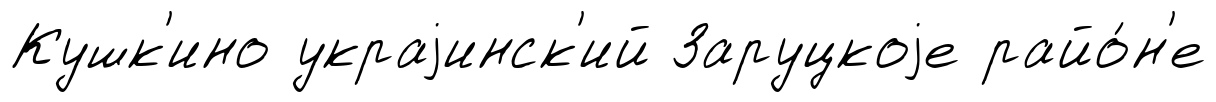
Кушк'ино украjинск'ий Заруцкоjе райо́н'е